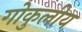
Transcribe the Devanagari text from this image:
गोकुलीय